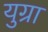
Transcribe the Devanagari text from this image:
युग्रा